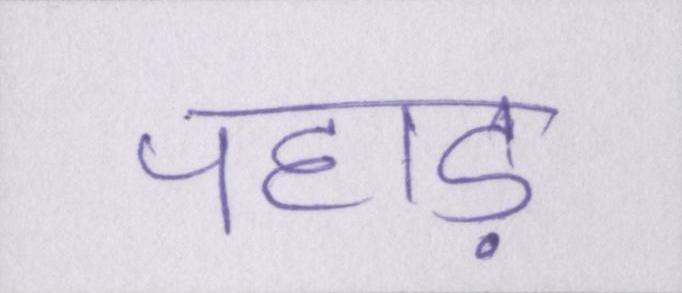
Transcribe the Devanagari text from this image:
पहाड़